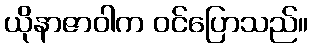
ယိုနာဇာဝါက ဝင်ပြောသည်။